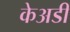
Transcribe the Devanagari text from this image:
केअडी